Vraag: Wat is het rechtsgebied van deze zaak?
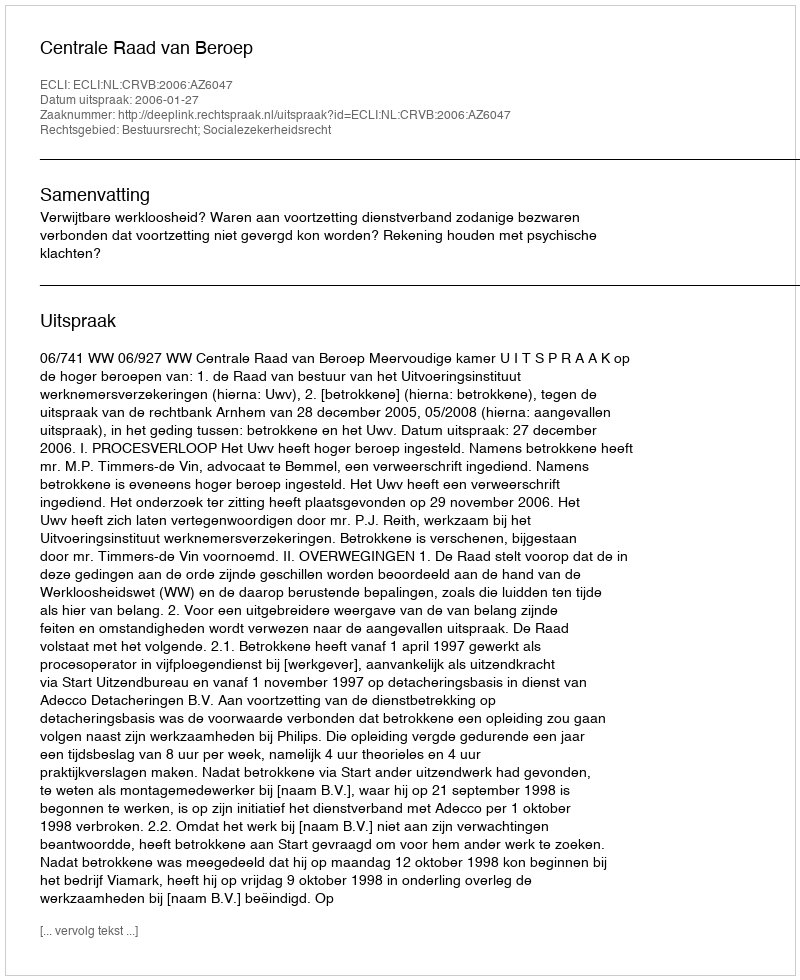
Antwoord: Bestuursrecht; Socialezekerheidsrecht